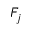
F _ { j }